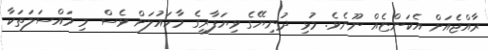
ރާއްޖެއަށް އެކަންޏެއް ނޫނެވެ. މުޅި ދުނިޔޭގެ ވިޔަފާރީގެ މާހައުލަށް ވެސް މި މައްސަލަތަކާ